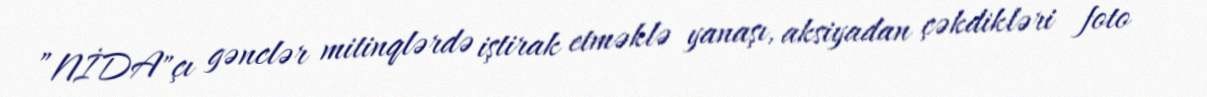
”NİDA"çı gənclər mitinqlərdə iştirak etməklə yanaşı, aksiyadan çəkdikləri foto